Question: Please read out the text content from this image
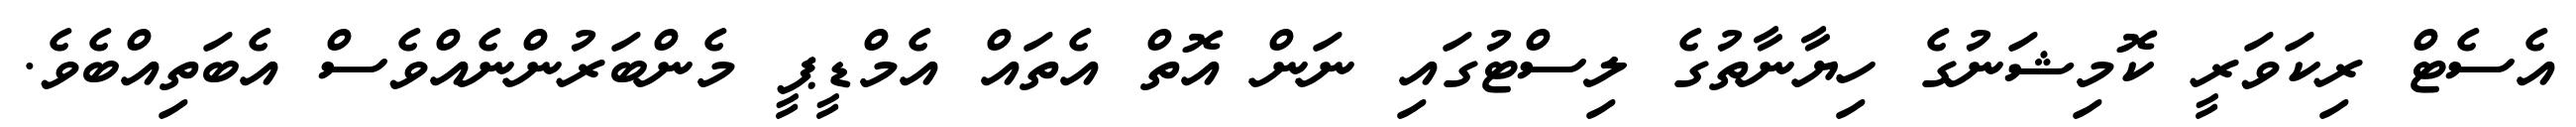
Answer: އެސެޓް ރިކަވަރީ ކޮމިޝަނުގެ ހިޔާނާތުގެ ލިސްޓުގައި ނަން އޮތް އެތައް އެމްޑީޕީ މެންބަރުންނެއްވެސް އެބަތިއްބެވެ.